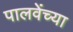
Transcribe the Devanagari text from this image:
पालवेंच्या